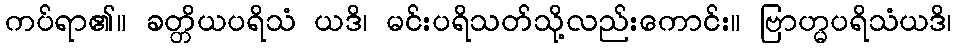
ကပ်ရာ၏။ ခတ္တိယပရိသံ ယဒိ၊ မင်းပရိသတ်သို့လည်းကောင်း။ ဗြာဟ္မပရိသံယဒိ၊